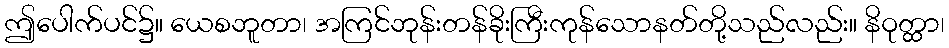
ဤပေါက်ပင်၌။ ယေစဘူတာ၊ အကြင်ဘုန်းတန်ခိုးကြီးကုန်သောနတ်တို့သည်လည်း။ နိဝုတ္ထာ၊